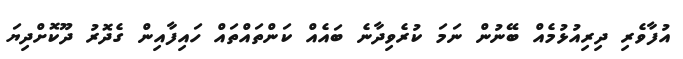
އުފާވެރި ދިރިއުޅުމެއް ބޭނުން ނަމަ ކުރެވިދާނެ ބައެއް ކަންތައްތައް ހައިފާއިން ގެދޮރު ދޫކޮށްދިޔަ